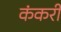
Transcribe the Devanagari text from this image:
कंकरी